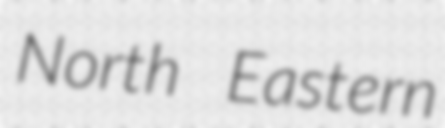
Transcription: North Eastern